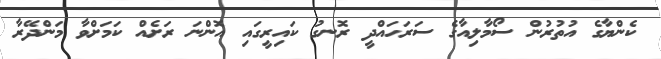
ކެންޔާގެ އުތުރުން ސޯމާލިއާގެ ސަރަހައްދީ ރޮނގު ކައިރީގައި އޮންނަ ރަށެއް ކަމަށްވާ މަންދޭރާ